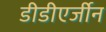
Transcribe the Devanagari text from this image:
डीडीएर्जीन